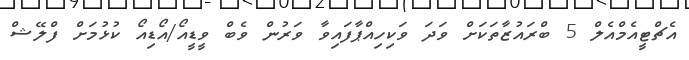
އެޗްޓީއެމްއެލް 5 ބްރައުޒާތަކަށް ވަދަ ވަކިހިއްޕާފައިވާ ވަރުން ވެބް ވީޑީއޯ/އޯޑިއޯ ކުޅުމަށް ފްލޭޝް